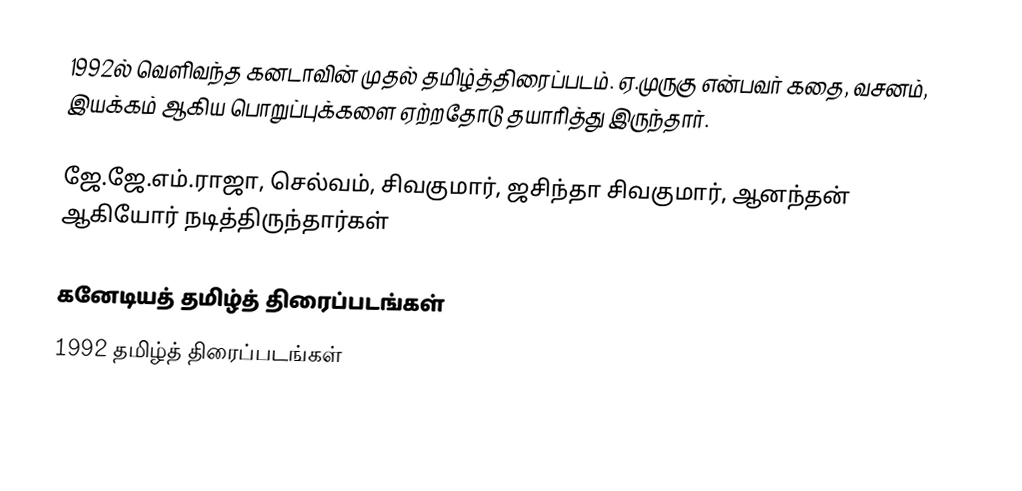
1992ல் வெளிவந்த கனடாவின் முதல் தமிழ்த்திரைப்படம். ஏ.முருகு என்பவர் கதை, வசனம், இயக்கம் ஆகிய பொறுப்புக்களை ஏற்றதோடு தயாரித்து இருந்தார்.

ஜே.ஜே.எம்.ராஜா, செல்வம், சிவகுமார், ஜசிந்தா சிவகுமார், ஆனந்தன் ஆகியோர் நடித்திருந்தார்கள்

கனேடியத் தமிழ்த் திரைப்படங்கள்
1992 தமிழ்த் திரைப்படங்கள்